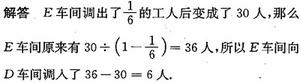
解答  乙车间调出了$\frac{1}{6}$的工人后变成了 30 人，那么乙车间原来有$30\div(1 - \frac{1}{6}) = 36$人，所以乙车间向甲车间调入了$36 - 30 = 6$人。